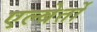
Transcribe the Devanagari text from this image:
एल्बेर्तो